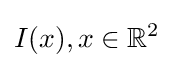
I(x),x\in {\mathbb {R} }^{2}